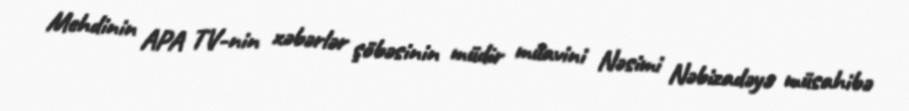
Mehdinin APA TV-nin xəbərlər şöbəsinin müdir müavini Nəsimi Nəbizadəyə müsahibə